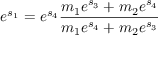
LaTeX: e ^ { s _ { 1 } } = e ^ { s _ { 4 } } { \frac { m _ { 1 } e ^ { s _ { 3 } } + m _ { 2 } e ^ { s _ { 4 } } } { m _ { 1 } e ^ { s _ { 4 } } + m _ { 2 } e ^ { s _ { 3 } } } }